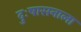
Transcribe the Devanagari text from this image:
दुःषासनाला